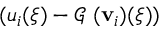
( u _ { i } ( \xi ) - \mathcal G _ { \mathbf \theta } ( \mathbf { v } _ { i } ) ( \xi ) )